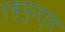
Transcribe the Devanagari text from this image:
एब्युजर्स